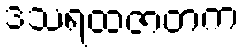
ဒသရထဇာတက